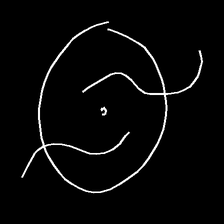
Glyph: repetition